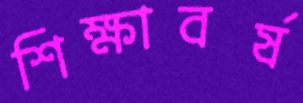
শিক্ষাবর্ষ